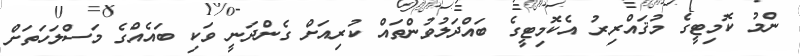
ންމު ކޮމިޓީގެ މުޤައްރިރު އެކޮމިޓީގެ ބައްދަލުވުންތައް ކުރިއަށް ގެންދަނީ ވަކި ބައެއްގެ މަސްލަހަތަށް